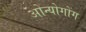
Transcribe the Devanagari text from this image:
ओन्योगोंग